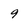
Character: 9